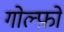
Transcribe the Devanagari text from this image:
गोल्फ़ो